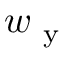
w _ { \mathrm { ~ y ~ } }